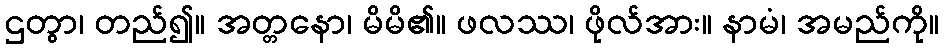
ဌတွာ၊ တည်၍။ အတ္တနော၊ မိမိ၏။ ဖလဿ၊ ဖိုလ်အား။ နာမံ၊ အမည်ကို။